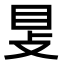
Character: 𥄎